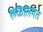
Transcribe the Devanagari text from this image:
रूळालगत